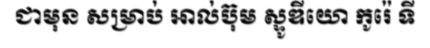
ជាមុន សម្រាប់ អាល់ប៊ុម ស្ទូឌីយោ កូរ៉េ ទី